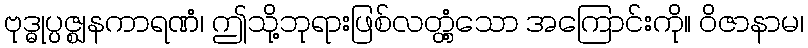
ဗုဒ္ဓုပ္ပဇ္ဈနကာရဏံ၊ ဤသို့ဘုရားဖြစ်လတ္တံ့သော အကြောင်းကို။ ဝိဇာနာမ၊